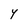
Character: Y